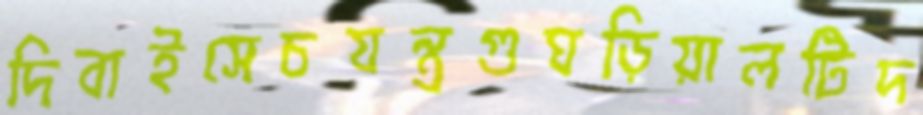
দিবাইসেচযন্ত্রগুঘড়িয়ালটিদ